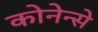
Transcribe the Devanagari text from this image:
कोनेन्से